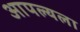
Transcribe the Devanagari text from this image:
आपल्यला